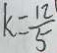
k = \frac { 1 2 } { 5 }